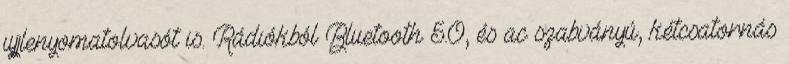
ujjlenyomatolvasót is. Rádiókból Bluetooth 5.0, és ac szabványú, kétcsatornás